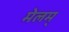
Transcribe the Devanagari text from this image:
मेलम्